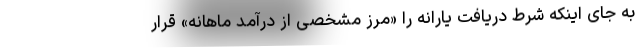
به جای اینکه شرط دریافت یارانه را «مرز مشخصی از درآمد ماهانه» قرار